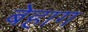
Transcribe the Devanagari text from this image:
बेहाग